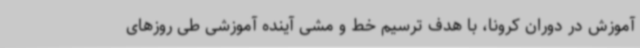
آموزش در دوران کرونا، با هدف ترسیم خط و مشی آینده آموزشی طی روزهای